Document type: Emphyteutic lease
Year: 1276
Scribe: Pere de Roca
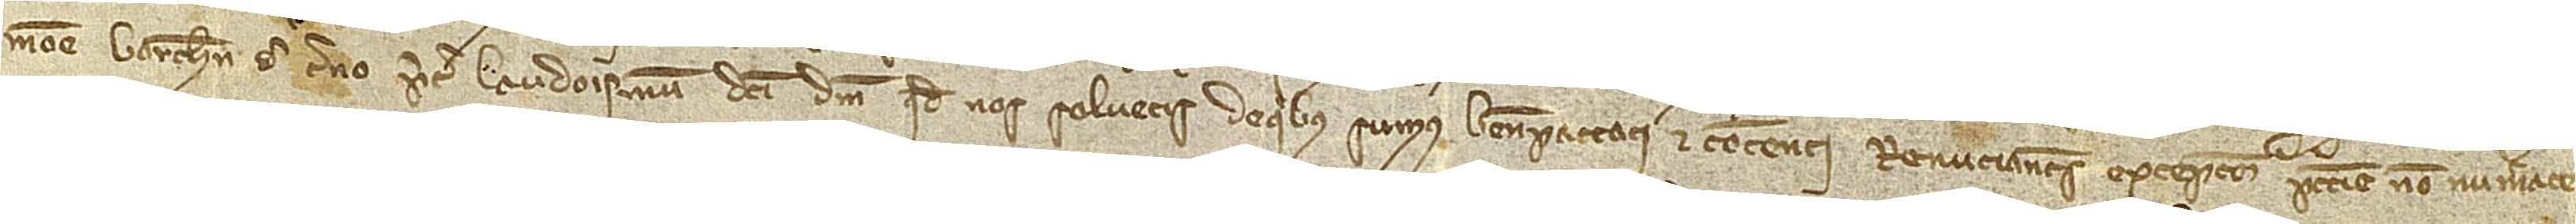
monete Barchinone de terno, preter laudoismum dicti domini quod vos solvetis, de quibus sumus bene paccati et contenti. Renunciantes excepcione peccunie non numerate